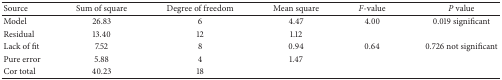
| Source | Sum of square | Degree of freedom | Mean square | F-value | P value |
 | --- | --- | --- | --- | --- | --- |
 | Model | 26.83 | 6 | 4.47 | 4.00 | 0.019 significant |
 | Residual | 13.40 | 12 | 1.12 |  |  |
 | Lack of fit | 7.52 | 8 | 0.94 | 0.64 | 0.726 not significant |
 | Pure error | 5.88 | 4 | 1.47 |  |  |
 | Cor total | 40.23 | 18 |  |  |  |